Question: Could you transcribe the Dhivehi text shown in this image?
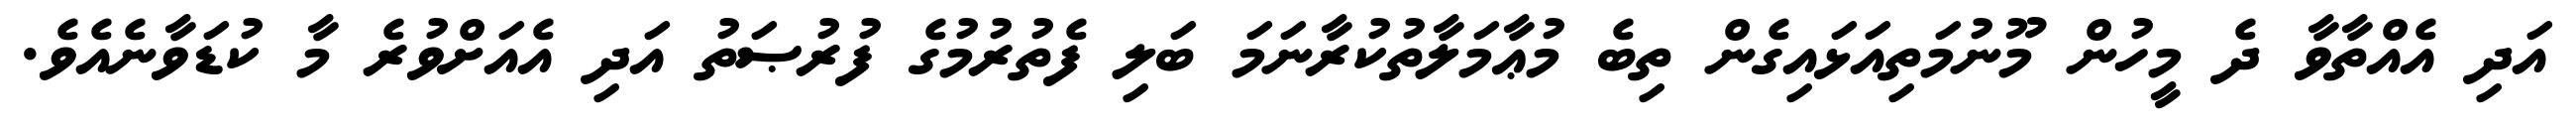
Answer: އަދި އެއްތާވާ ދެ މީހުން މޫނުމަތިއަޅައިގެން ތިބެ މުޢާމަލާތުކުރާނަމަ ބަލި ފެތުރުމުގެ ފުރުޞަތު އަދި އެއަށްވުރެ މާ ކުޑަވާނެއެވެ.